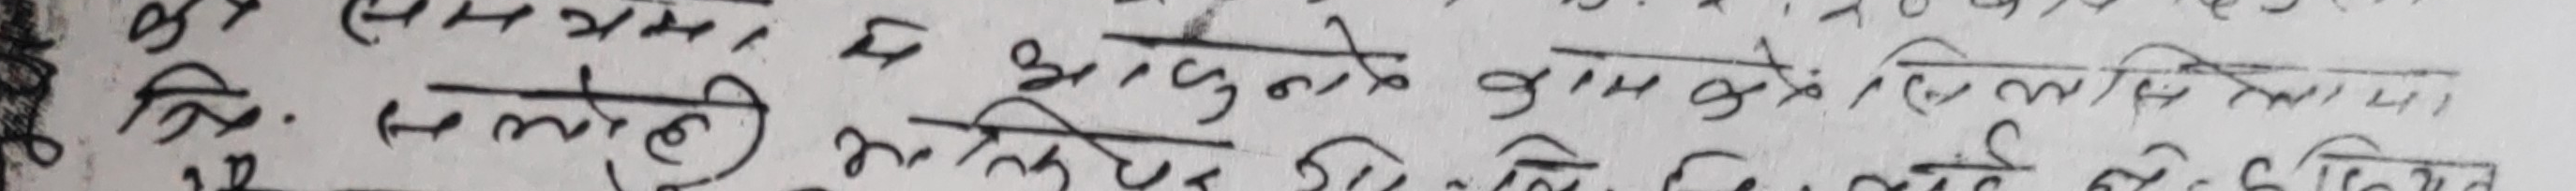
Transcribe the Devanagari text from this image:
Q.1 सप्रसंगमा में आधुनिके काम को ब्याख्या
त्रि. भोलि अनि त्यस दिन हिएको लाई